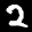
Label: 2